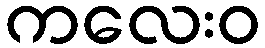
ကလေးဝ